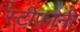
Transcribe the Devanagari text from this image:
स्टीफ़ानी